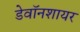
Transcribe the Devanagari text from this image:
डेवॉनशायर